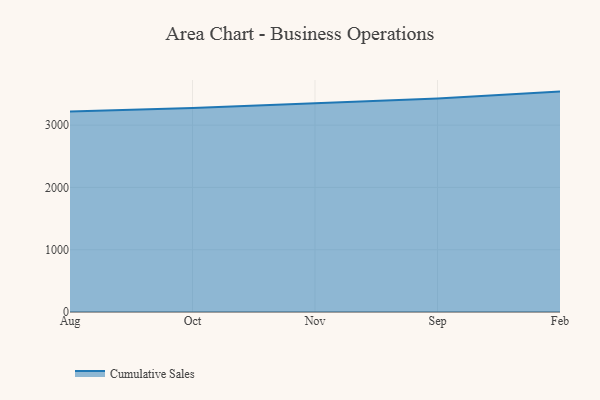
{"axis": {"x": "Month", "y": "Revenue (USD Million)"}, "legend": ["Cumulative Sales"], "data": [{"x": "Aug", "y": 3218.6, "type": "Cumulative Sales"}, {"x": "Oct", "y": 3274.4, "type": "Cumulative Sales"}, {"x": "Nov", "y": 3352.3, "type": "Cumulative Sales"}, {"x": "Sep", "y": 3427.9, "type": "Cumulative Sales"}, {"x": "Feb", "y": 3538.2, "type": "Cumulative Sales"}]}